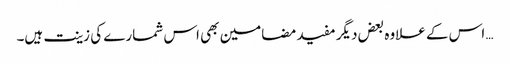
… اس کے علاوہ بعض دیگر مفید مضامین بھی اس شمارے کی زینت ہیں۔